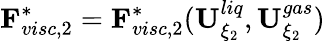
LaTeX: \mathbf{F}_{visc,2}^{*}=\mathbf{F}_{visc,2}^{*}(\mathbf{U}_{\xi_{2}}^{liq},\mathbf{U}_{\xi_{2}}^{gas})